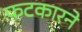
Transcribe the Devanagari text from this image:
फटकारने